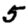
Digit: 5